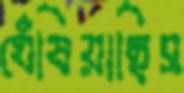
ঘেঁষিয়াছিস